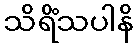
သိရိံသပါနိ